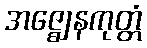
အဇ္ဈေနကုတ္တံ